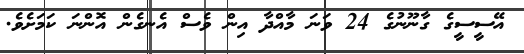
އޭސީސީގެ ގާނޫނުގެ 24 ވަނަ މާއްދާ އިން ވެސް އެނގެން އޮންނަ ކަމަށެވެ.